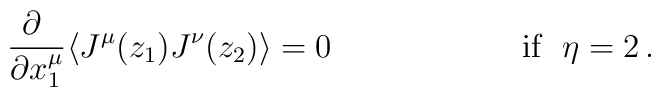
\begin{array}{cc}\displaystyle{\frac{\partial~}{\partial x^{\mu}_{1}}}\langle J^{\mu}(z_{1})J^{\nu}(z_{2})\rangle=0~~~~~~&~~~~~~~~~\mbox{if~~}\eta=2\,.\end{array}